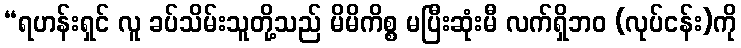
“ရဟန်းရှင် လူ ခပ်သိမ်းသူတို့သည် မိမိကိစ္စ မပြီးဆုံးမီ လက်ရှိဘဝ (လုပ်ငန်း)ကို